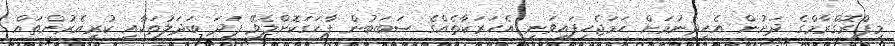
މިޕްރޮގްރާމްގެ ދަށުން އެހީދިނުމަށް ހަމަޖެހިފައިވަނީ އެޙަރަކާތެއްގެ ސަބަބުން ފާހަގަކޮށްލެވޭ ފަދަ ބަދަލުތަކާއި ކުރިއެރުންތައް